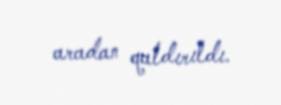
aradan qaldırıldı.